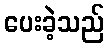
ပေးခဲ့သည်